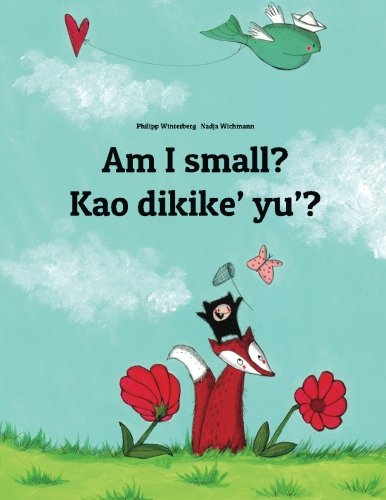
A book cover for Am I small? Kao dikike' yu'?: Children's Picture Book English-Chamorro (Dual Language/Bilingual Edition); Philipp Winterberg; Children's Books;